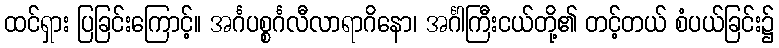
ထင်ရှား ပြခြင်းကြောင့်။ အင်္ဂပစ္စင်္ဂလီလာရာဂိနော၊ အင်္ဂါကြီးငယ်တို့၏ တင့်တယ် စံပယ်ခြင်း၌